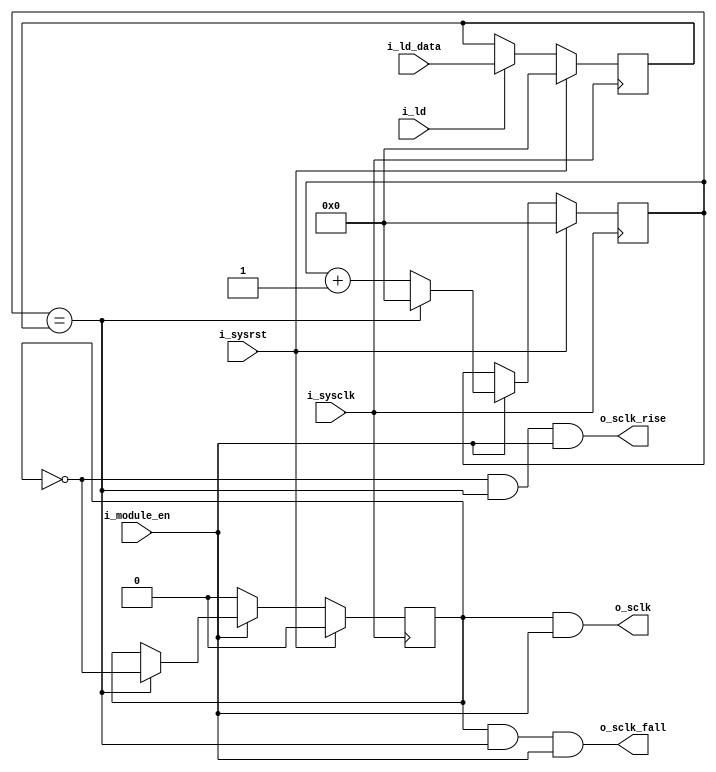
module prescaler(
	input 			i_sysclk, 		// System clock
	input 			i_sysrst, 		// System reset
	input 			i_module_en, 	// Module enable
	input			i_ld, 			// Load divider value
	input 	[7:0] 	i_ld_data, 		// Divider value
	output 			o_sclk, 		// Sck output
	output 			o_sclk_rise, 	// Sck rising edge
	output 			o_sclk_fall 	// Sck falling edge
);
//---------------------------------------------
// Divider value load
//---------------------------------------------
reg [7:0] r_div_value;
always @(posedge i_sysclk) 
begin
	if (i_sysrst) begin
		r_div_value <= 8'b0;
	end
	else if (i_ld) begin
		r_div_value <= i_ld_data;
	end
end
//---------------------------------------------


//---------------------------------------------
// Counter
//---------------------------------------------
reg [7:0] r_cntr;
always @ (posedge i_sysclk)
begin
	if (i_sysrst)
		r_cntr <= 8'b0;
	else if(i_module_en) begin
		if(r_cntr == r_div_value)		
			r_cntr <= 8'b0;
		else	
			r_cntr <= r_cntr + 1'b1;
	end
end
//---------------------------------------------


//---------------------------------------------
// Sck register
//---------------------------------------------
reg r_sclk;
always @ (posedge i_sysclk)
begin
	if (i_sysrst)
		r_sclk <= 1'b0;
	else if(~i_module_en)
		r_sclk <= 1'b0;
	else if(r_cntr == r_div_value)
		r_sclk <= ~r_sclk;
end
//---------------------------------------------


//---------------------------------------------
// Output signal generation		
//---------------------------------------------
assign o_sclk 	   = ( r_sclk  &   i_module_en);  				
assign o_sclk_rise = (~r_sclk) & (r_cntr == r_div_value) & (i_module_en);
assign o_sclk_fall = ( r_sclk) & (r_cntr == r_div_value) & (i_module_en);
//---------------------------------------------
endmodule